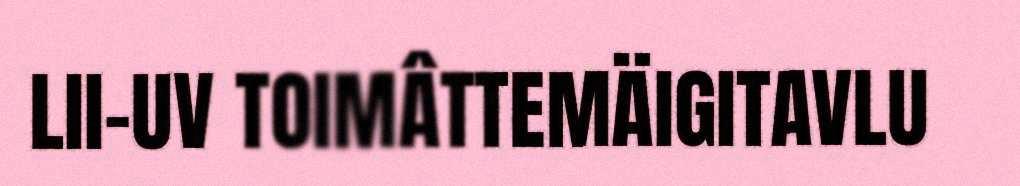
LII-UV TOIMÂTTEMÄIGITAVLU